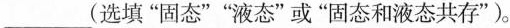
______(选填”固态””液态”或”固态和液态共存”)。